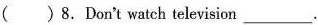
()8.Don't watch television ___.